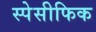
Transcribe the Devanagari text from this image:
स्पेसीफिक